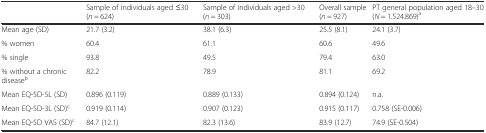
<table><thead><tr><td></td><td><b>Sample of individuals aged ≤30 (<i>n</i> = 624)</b></td><td><b>Sample of individuals aged &gt;30 (<i>n</i> = 303)</b></td><td><b>Overall sample (<i>n</i> = 927)</b></td><td><b>PT general population aged 18–30 (<i>N</i> = 1.524.869)<sup>a</sup></b></td></tr></thead><tbody><tr><td>Mean age (SD)</td><td>21.7 (3.2)</td><td>38.1 (6.3)</td><td>25.5 (8.1)</td><td>24.1 (3.7)</td></tr><tr><td>% women</td><td>60.4</td><td>61.1</td><td>60.6</td><td>49.6</td></tr><tr><td>% single</td><td>93.8</td><td>49.5</td><td>79.4</td><td>63.0</td></tr><tr><td>% without a chronic disease<sup>b</sup></td><td>82.2</td><td>78.9</td><td>81.1</td><td>69.2</td></tr><tr><td>Mean EQ-5D-5L (SD)</td><td>0.896 (0.119)</td><td>0.889 (0.133)</td><td>0.894 (0.124)</td><td>n.a.</td></tr><tr><td>Mean EQ-5D-3L (SD)<sup>c</sup></td><td>0.919 (0.114)</td><td>0.907 (0.123)</td><td>0.915 (0.117)</td><td>0.758 (SE-0.006)</td></tr><tr><td>Mean EQ-5D VAS (SD)<sup>c</sup></td><td>84.7 (12.1)</td><td>82.3 (13.6)</td><td>83.9 (12.7)</td><td>74.9 (SE-0.504)</td></tr></tbody></table>